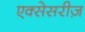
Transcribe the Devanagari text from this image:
एक्सेसरीज़